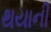
થયાની